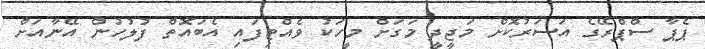
ޕެޕާ ސްޕްރޭގެ އަސަރުކޮށް މަޖީދީ މަގަށް މީހަކު ވެއްޓިފައި އެބައޮތް ފުލުހުން އޭނާއަށް